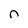
Character: n